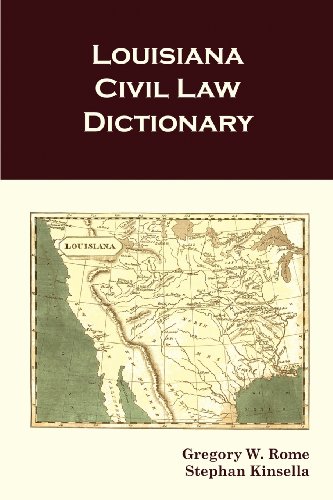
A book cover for Louisiana Civil Law Dictionary; Gregory W. Rome; Law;